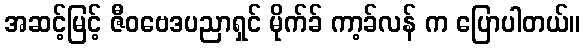
အဆင့်မြင့် ဇီဝဗေဒပညာရှင် မိုက်ခ် ကာ့ခ်လန် က ပြောပါတယ်။